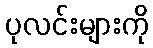
ပုလင်းများကို